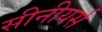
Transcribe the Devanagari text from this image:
सीनीयर्स